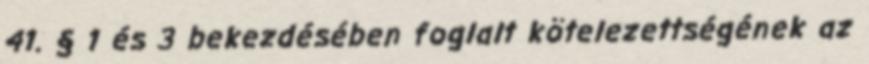
41. § 1 és 3 bekezdésében foglalt kötelezettségének az